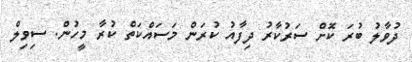
ދުވާލު ބުރަ ކޮށް ސަރުކާރު ދިފާއު ކުރަން މަސައްކަތް ކުރާ މީހުން. ސިވިލް